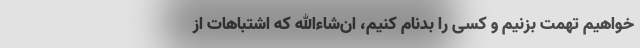
‌خواهیم تهمت بزنیم و کسی را بدنام کنیم، ان‌شاءالله که اشتباهات از